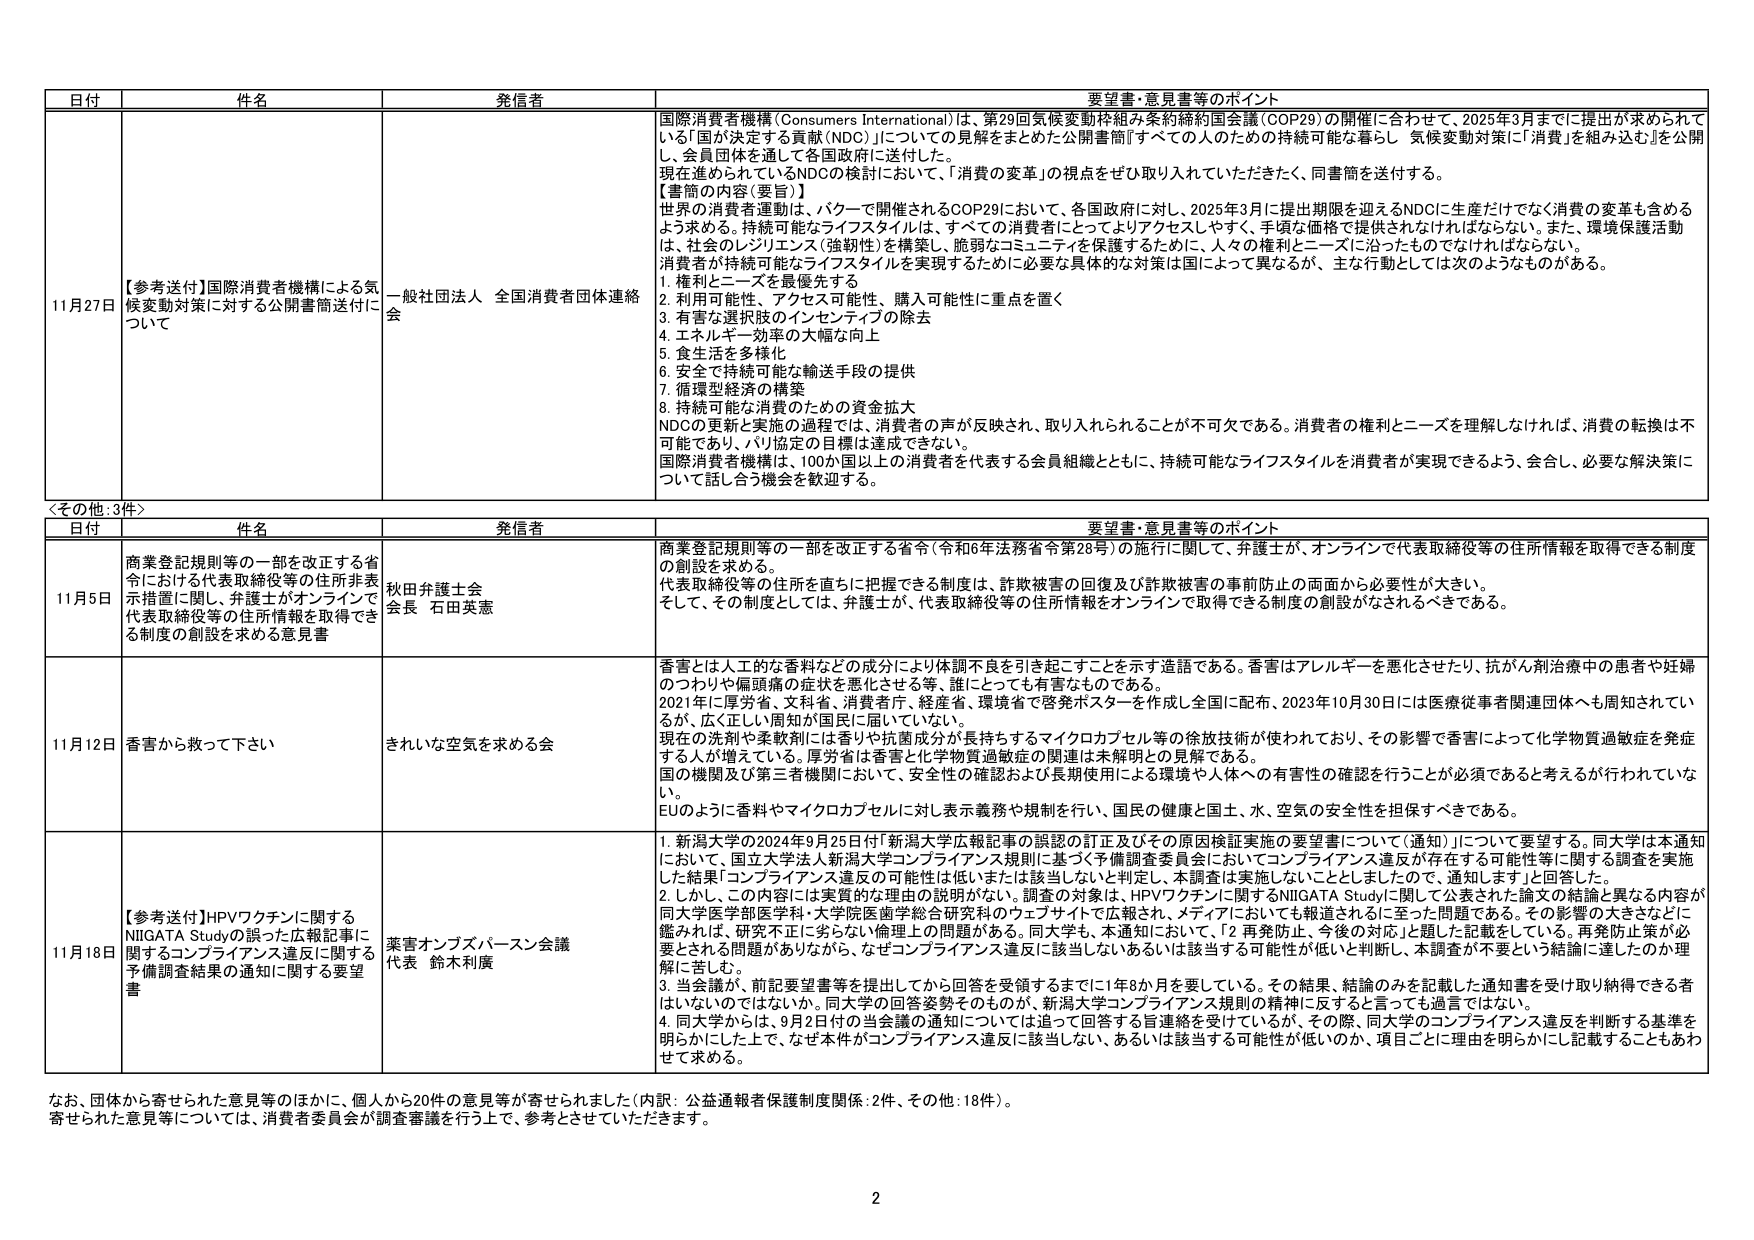
日付 件名 発信者 要望書・意見書等のポイント
11月27日 【参考送付】国際消費者機構による気候変動対策に対する公開書簡送付について 一般社団法人 全国消費者団体連絡会 国際消費者機構（Consumers International）は、第29回気候変動枠組み条約締約国会議（COP29）の開催に合わせて、2025年3月までに提出が求められている「国が決定する貢献（NDC）」についての見解をまとめた公開書簡『すべての人のための持続可能な暮らし 気候変動対策に「消費」を組み込む』を公開し、会員団体を通して各国政府に送付した。現在進められているNDCの検討において、「消費の変革」の視点をぜひ取り入れていただきたいと、同書簡を送付する。【書簡の内容（要旨）】世界の消費者運動は、バクーで開催されるCOP29において、各国政府に対し、2025年3月に提出期限を迎えるNDCに生産だけでなく消費の変革も含めるよう求める。持続可能なライフスタイルは、すべての消費者にとってよりアクセスしやすく、手頃な価格で提供されなければならない。また、環境保護活動は、社会のレジリエンス（強靭性）を構築し、脆弱なコミュニティを保護するために、人々の権利とニーズに沿ったものでなければならない。消費者が持続可能なライフスタイルを実現するために必要な具体的な対策は国によって異なるが、主な行動としては次のようなものがある。1. 権利とニーズを最優先する2. 利用可能性、アクセス可能性、購入可能性に重点を置く3. 有害な選択肢のインセンティブの除去4. エネルギー効率の大幅な向上5. 食生活を多様化6. 安全で持続可能な輸送手段の提供7. 循環型経済の構築8. 持続可能な消費のための資金拡大NDCの更新と実施の過程では、消費者の声が反映され、取り入れられることが不可欠である。消費者の権利とニーズを理解しなければ、消費の転換は不可能であり、パリ協定の目標は達成できない。国際消費者機構は、100か国以上の消費者を代表する会員組織とともに、持続可能なライフスタイルを消費者が実現できるよう、会合し、必要な解決策について話し合う機会を歓迎する。
＜その他：3件＞
日付 件名 発信者 要望書・意見書等のポイント
11月5日 商業登記規則等の一部を改正する省令における代表取締役等の住所非表示措置に関し、弁護士がオンラインで代表取締役等の住所情報を取得できる制度の創設を求める意見書 秋田弁護士会 会長 石田英憲 商業登記規則等の一部を改正する省令（令和6年法務省令第28号）の施行に関して、弁護士が、オンラインで代表取締役等の住所情報を取得できる制度の創設を求める。代表取締役等の住所を直ちに把握できる制度は、詐欺被害の回復及び詐欺被害の事前防止の両面から必要性が大きい。そして、その制度としては、弁護士が、代表取締役等の住所情報をオンラインで取得できる制度の創設がなされるべきである。
11月12日 香害から救って下さい きれいな空気を求める会 香害とは人工的な香料などの成分により体調不良を引き起こすことを示す造語である。香害はアレルギーを悪化させたり、抗がん剤治療中の患者や妊婦のつわりや偏頭痛の症状を悪化させる等、誰にとっても有害なものである。2021年に厚労省、文科省、消費省庁、経産省、環境省で啓発ポスターを作成し全国に配布、2023年10月30日には医療従事者関連団体へも周知されているが、広く正しい周知が国民に届いていない。現在の洗剤や柔軟剤には香りや抗菌成分が長持ちするマイクロカプセル等の徐放技術が使われており、その影響で香害によって化学物質過敏症を発症する人が増えている。厚労省は香害と化学物質過敏症の関連は未解明との見解である。国の機関及び第三者機関において、安全性の確認および長期使用による環境や人体への有害性の確認を行うことが必須であると考えるが行われていない。EUのように香料やマイクロカプセルに対し表示義務や規制を行い、国民の健康と国土、水、空気の安全性を担保すべきである。
11月18日 【参考送付】HPVワクチンに関するNIIGATA Studyの誤った広報記事に関するコンプライアンス違反に関する要望書 予備調査結果の通知に関する要望書 業害オンブズパーソン会議 代表 鈴木利廣 1. 新潟大学の2024年9月25日付「新潟大学広報記事の誤認の訂正及びその原因検証実施の要望書について（通知）」について要望する。同大学は本通知において、国立大学法人新潟大学コンプライアンス規則に基づく予備調査委員会においてコンプライアンス違反が存在する可能性等に関する調査を実施した結果「コンプライアンス違反の可能性は低いまたは該当しないと判定し、本調査は実施しないこととしましたので、通知します」と回答した。2. しかし、この内容には実質的な理由の説明がない。調査の対象は、HPVワクチンに関するNIIGATA Studyに関して公表された論文の結論と異なる内容が同大学医学部医学科・大学院医歯学総合研究科のウェブサイトで広報され、メディアにおいても報道されるに至った問題である。その影響の大きさなどに鑑みれば、研究不正に劣らない倫理上の問題がある。同大学も、本通知において、「2 再発防止、今後の対応」と題した記載をしている。再発防止策が必要とされる問題がありながら、なぜコンプライアンス違反に該当しないあるいは該当する可能性が低いと判断し、本調査が不要という結論に達したのか理解に苦しむ。3. 当会議が、前記要望書等を提出してから回答を受領するまでに1年8か月を要している。その結果、結論のみを記載した通知書を受け取り納得できる者はいないのではないか。同大学の回答姿勢そのものが、新潟大学コンプライアンス規則の精神に反すると言っても過言ではない。4. 同大学からは、9月2日付の当会議の通知については追って回答する旨連絡を受けているが、その際、同大学のコンプライアンス違反を判断する基準を明らかにした上で、なぜ本件がコンプライアンス違反に該当しない、あるいは該当する可能性が低いのか、項目ごとに理由を明らかにし記載することもあわせて求める。
なお、団体から寄せられた意見等のほかに、個人から20件の意見等が寄せられました（内訳：公益通報者保護制度関係：2件、その他：18件）。寄せられた意見等については、消費者委員会が調査審議を行う上で、参考とさせていただきます。
2